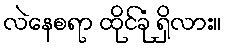
လဲနေစရာ ထိုင်ခုံ ရှိလား။